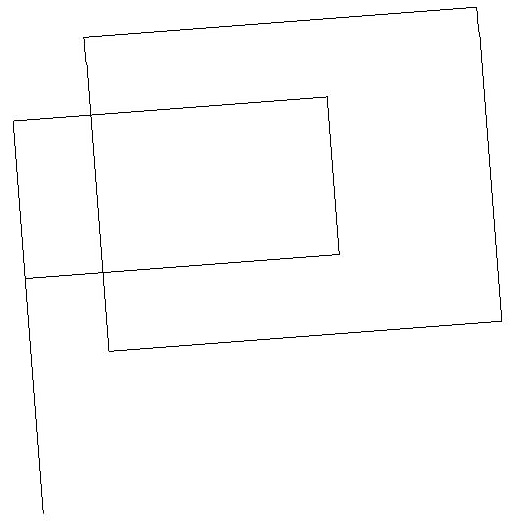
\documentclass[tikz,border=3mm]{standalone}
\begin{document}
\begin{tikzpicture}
\draw (1,16) rectangle (5,14);
\draw (2,17) rectangle (7,13);
\draw (1,11) rectangle (1,16);
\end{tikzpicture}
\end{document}